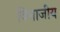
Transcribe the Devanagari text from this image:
विभाजीय